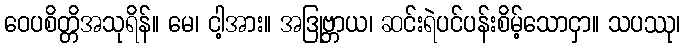
ဝေပစိတ္တိအသုရိန်။ မေ၊ ငါ့အား။ အဒြုဗ္ဘာယ၊ ဆင်းရဲပင်ပန်းစိမ့်သောငှာ။ သပဿု၊